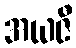
အယဇီ